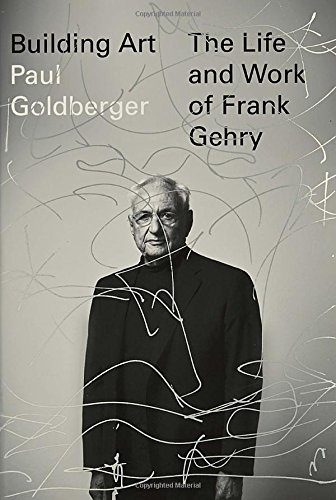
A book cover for Building Art: The Life and Work of Frank Gehry; Paul Goldberger; Arts & Photography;